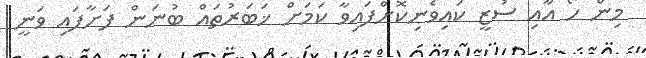
މިން ހޯ އާއި ސުޒީ ކައިވެނިކޮށްފައިވާ ކަމަށް ޚަބަރުތައް ބުނަން ފަށާފައި ވަނީ